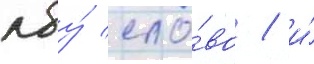
лбу́ сло́во / и́